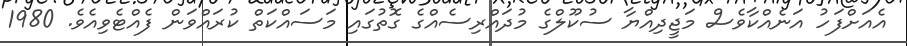
އެއަށްފަހު އަނެއްކާވެސް މަޖީދިއްޔާ ސުކޫލްގެ މުދައްރިސެއްގެ ގޮތުގައި މަސައްކަތް ކުރައްވަން ފެއްޓެވިއެވެ. 1980